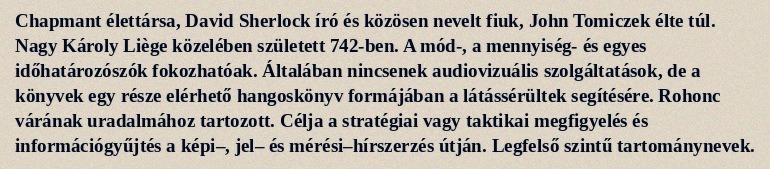
Chapmant élettársa, David Sherlock író és közösen nevelt fiuk, John Tomiczek élte túl. Nagy Károly Liège közelében született 742-ben. A mód-, a mennyiség- és egyes időhatározószók fokozhatóak. Általában nincsenek audiovizuális szolgáltatások, de a könyvek egy része elérhető hangoskönyv formájában a látássérültek segítésére. Rohonc várának uradalmához tartozott. Célja a stratégiai vagy taktikai megfigyelés és információgyűjtés a képi–, jel– és mérési–hírszerzés útján. Legfelső szintű tartománynevek.